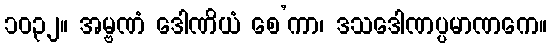
၁၀၃၂။ အမ္ဗဏံ ဒေါဏိယံ စေ’ကာ၊ ဒသဒေါဏပ္ပမာဏကေ။